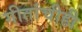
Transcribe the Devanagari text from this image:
गीतांचीही